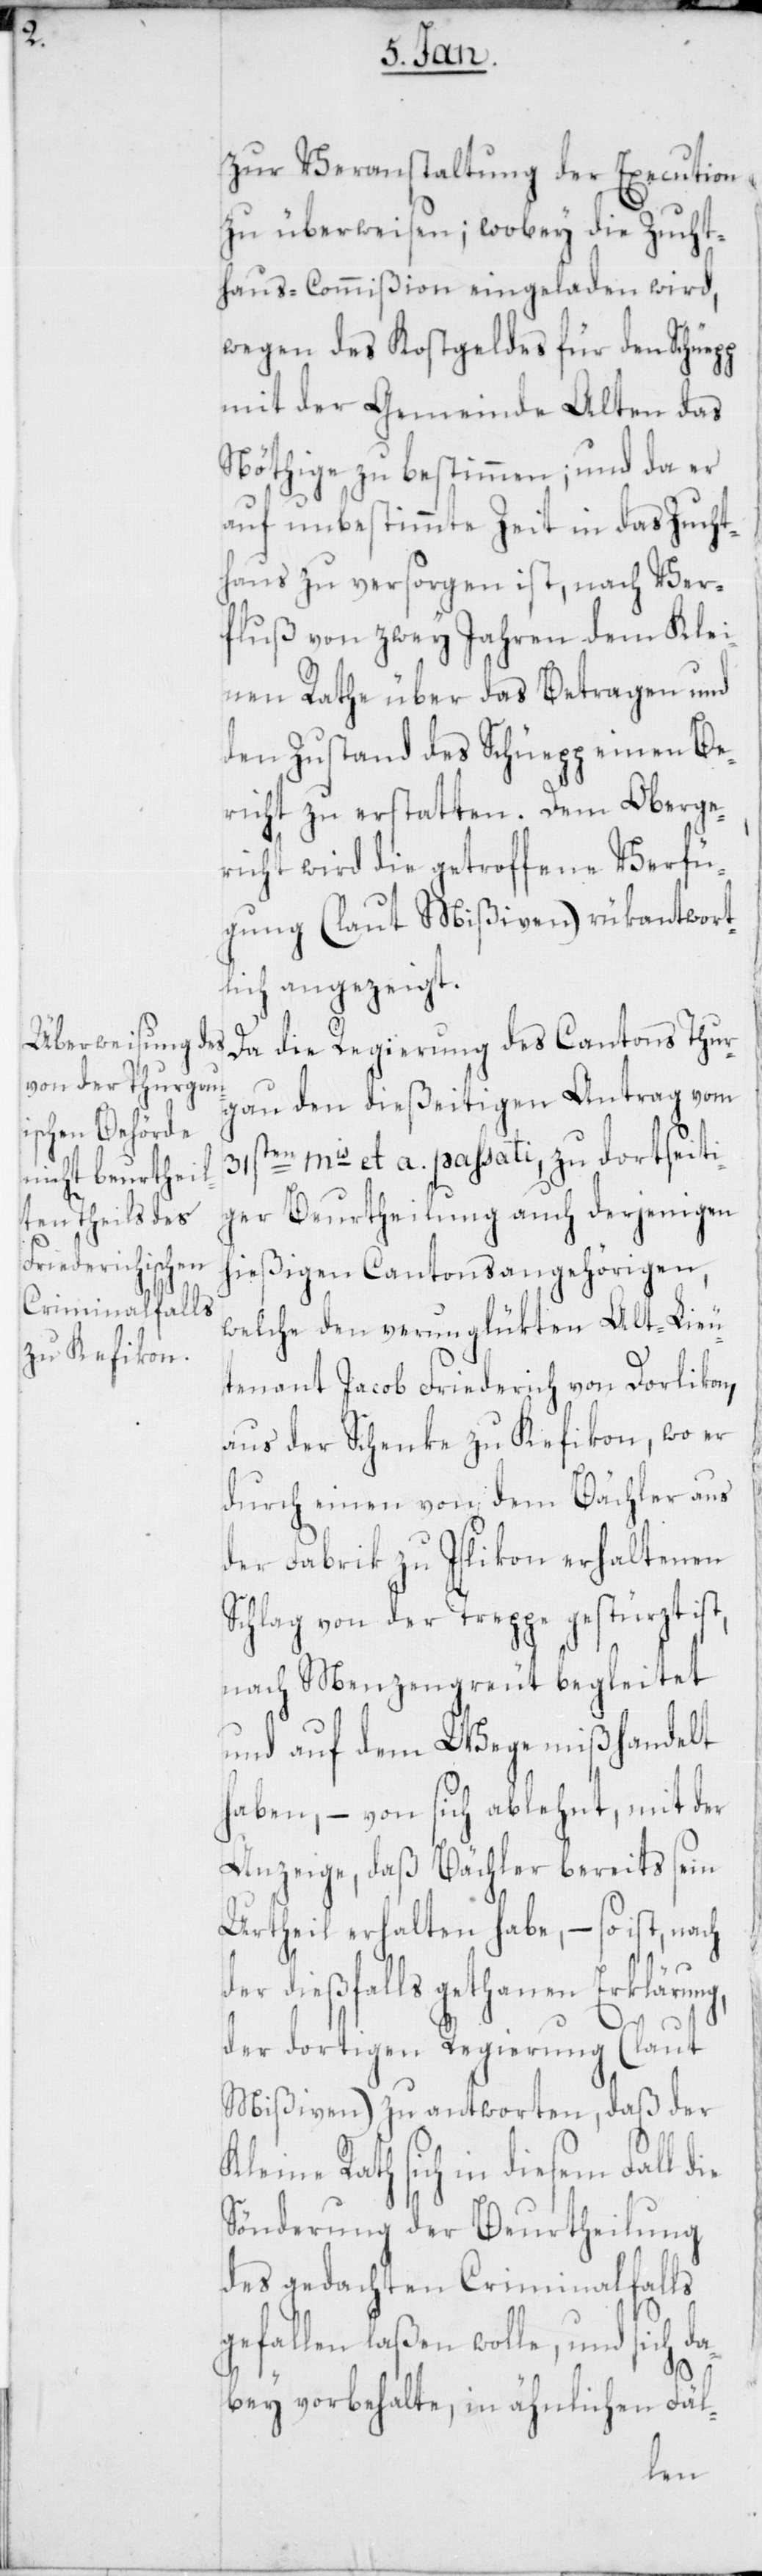
zur Veranstaltung der Execution
zu überweisen; wobey die Zucht¬
haus-Commißion eingeladen wird,
wegen des Kostgeldes für den Schüegg
mit der Gemeinde Alten das
Nöthige zu bestimmen; und da er
auf unbestimmte Zeit in das Zucht¬
haus zu versorgen ist, nach Ver¬
fluß von zwey Jahren dem Klei¬
nen Rathe über das Betragen und
den Zustand des Schüegg einen Be¬
richt zu erstatten. Dem Oberge¬
richt wird die getroffene Verfü¬
gung (laut Mißiven) rükantwort¬
lich angezeigt.
Da die Regierung des Cantons Thur¬
gau den dießeitigen Antrag vom
31sten mis et a. passati, zu dortseiti¬
ger Beurtheilung auch desjenigen
hießigen Cantonsangehörigen,
welche den verunglückten Alt-Lieu¬
tenant Jacob Friederich von Dorlikon,
aus der Schenke zu Kefikon, wo er
durch einen von dem Bächler aus
der Fabrik zu Islikon erhaltenen
Schlag von der Treppe gestürzt ist,
nach Menzengrüt begleitet
und auf dem Wege mißhandelt
haben, – von sich ablehnt, mit der
Anzeige, daß Bächler bereits sein
Urtheil erhalten habe, – so ist, nach
der dießfalls getanen Erklärung,
der dortigen Regierung (laut
Mißiven) zu antworten, daß der
leine Rath sich in diesem Fall d¬
Sönderung der Beurtheilung
des gedachten Criminalfalls
gefallen laßen wolle, und sich da¬
ie
bey vorbehalte, in ähnlichen Fäl-